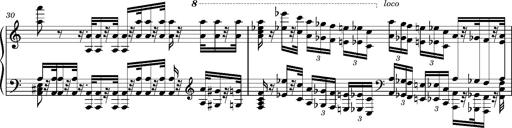
Title: Introduction des Variations sur une marche du SiÃ¨ge de Corinthe, S.421a
Composer: Franz Liszt
Key: F minor